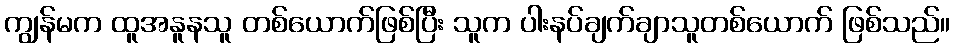
ကျွန်မက ထူအနူနသူ တစ်ယောက်ဖြစ်ပြီး သူက ပါးနပ်ချက်ချာသူတစ်ယောက် ဖြစ်သည်။